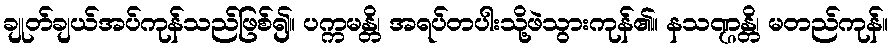
ချုတ်ချယ်အပ်ကုန်သည်ဖြစ်၍။ ပက္ကမန္တိ၊ အရပ်တပါးသို့ဖဲသွားကုန်၏။ နသဏ္ဌန္တိ၊ မတည်ကုန်။